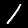
Digit: 1